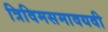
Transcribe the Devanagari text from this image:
त्रिविमसमावयवी